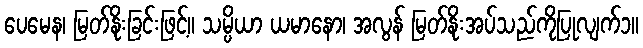
ပေမေန၊ မြတ်နိုးခြင်းဖြင့်။ သမ္ပိယာ ယမာနော၊ အလွန် မြတ်နိုးအပ်သည်ကိုပြုလျက်၁။